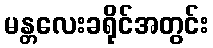
မန္တလေးခရိုင်အတွင်း